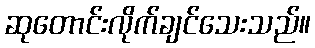
ဆုတောင်းလိုက်ချင်သေးသည်။